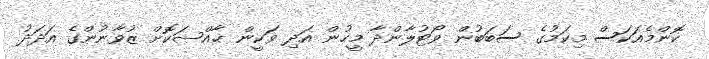
ކޮންމެއަކަސް މިކަމުގެ ސަބަބުން ވޯޓުލާންދާ މީހުން އަދި ވަކީން ޚާއްޞަކޮށް ޒުވާނުންގެ އަދަދު